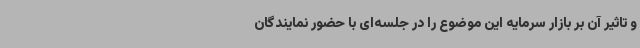
و تاثیر آن بر بازار سرمایه این موضوع را در جلسه‌ای با حضور نمایندگان